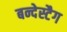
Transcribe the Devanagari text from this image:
बन्देस्टैग